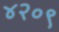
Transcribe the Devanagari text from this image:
४२०९